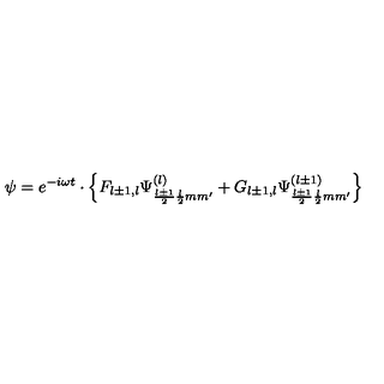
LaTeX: \psi = e ^ { - i \omega t } \cdot \left\{ F _ { l \pm 1 , l } \Psi _ { \frac { l \pm 1 } { 2 } \frac { l } { 2 } m m ^ { \prime } } ^ { ( l ) } + G _ { l \pm 1 , l } \Psi _ { \frac { l \pm 1 } { 2 } \frac { l } { 2 } m m ^ { \prime } } ^ { ( l \pm 1 ) } \right\}